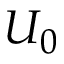
U _ { 0 }